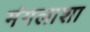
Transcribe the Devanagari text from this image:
मंगलाशा